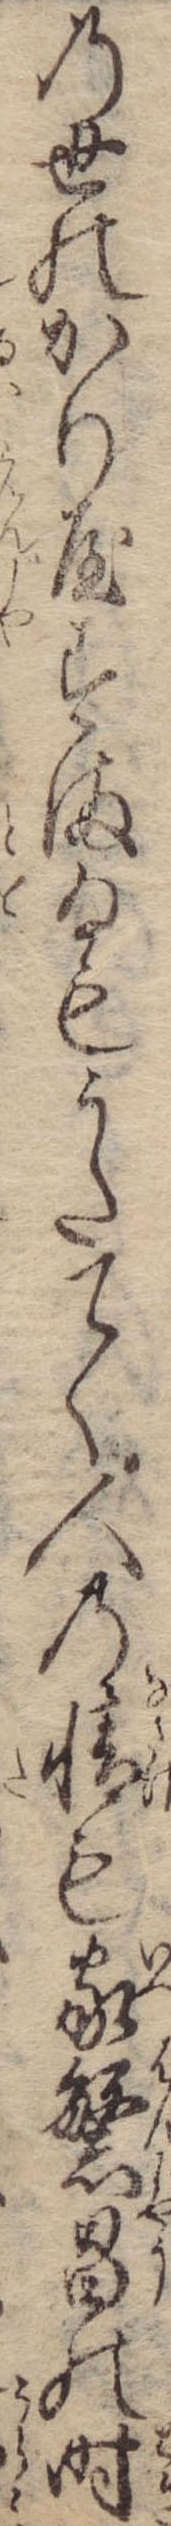
の世のかり屋ずまゐもうたてく人の情も家繁昌の時